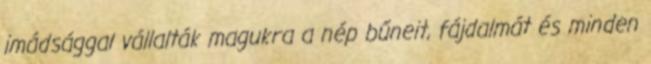
imádsággal vállalták magukra a nép bűneit, fájdalmát és minden